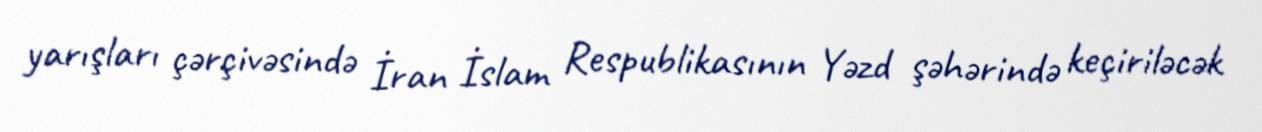
yarışları çərçivəsində İran İslam Respublikasının Yəzd şəhərində keçiriləcək